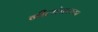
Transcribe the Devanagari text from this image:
नीलांबरच्या